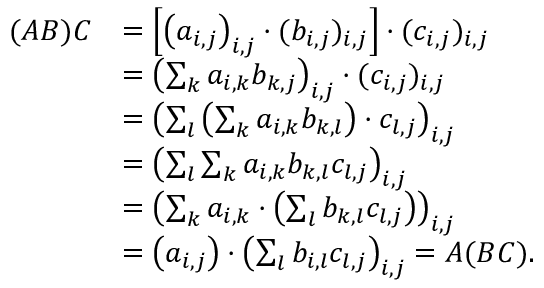
\begin{array} { r l } { ( A B ) C } & { = \left[ \left( a _ { i , j } \right) _ { i , j } \cdot ( b _ { i , j } ) _ { i , j } \right] \cdot ( c _ { i , j } ) _ { i , j } } \\ & { = \left( \sum _ { k } a _ { i , k } b _ { k , j } \right) _ { i , j } \cdot ( c _ { i , j } ) _ { i , j } } \\ & { = \left( \sum _ { l } \left( \sum _ { k } a _ { i , k } b _ { k , l } \right) \cdot c _ { l , j } \right) _ { i , j } } \\ & { = \left( \sum _ { l } \sum _ { k } a _ { i , k } b _ { k , l } c _ { l , j } \right) _ { i , j } } \\ & { = \left( \sum _ { k } a _ { i , k } \cdot \left( \sum _ { l } b _ { k , l } c _ { l , j } \right) \right) _ { i , j } } \\ & { = \left( a _ { i , j } \right) \cdot \left( \sum _ { l } b _ { i , l } c _ { l , j } \right) _ { i , j } = A ( B C ) . } \end{array}